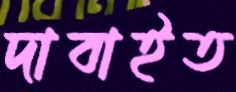
দাবাইত